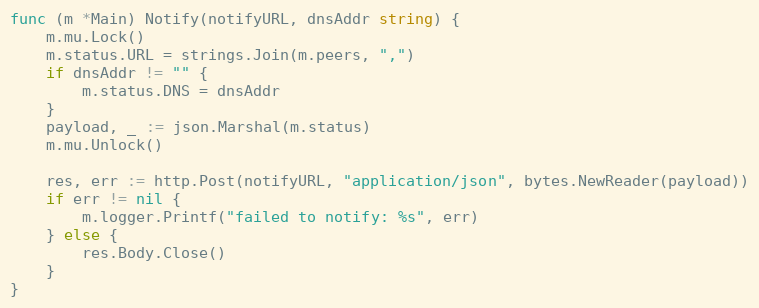
Language: Go
func (m *Main) Notify(notifyURL, dnsAddr string) {
	m.mu.Lock()
	m.status.URL = strings.Join(m.peers, ",")
	if dnsAddr != "" {
		m.status.DNS = dnsAddr
	}
	payload, _ := json.Marshal(m.status)
	m.mu.Unlock()

	res, err := http.Post(notifyURL, "application/json", bytes.NewReader(payload))
	if err != nil {
		m.logger.Printf("failed to notify: %s", err)
	} else {
		res.Body.Close()
	}
}